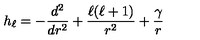
h _ { \ell } = - \frac { d ^ { 2 } } { d r ^ { 2 } } + \frac { \ell ( \ell + 1 ) } { r ^ { 2 } } + \frac { \gamma } { r }